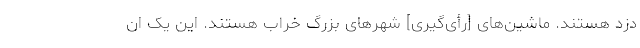
دزد هستند. ماشین‌های [رأی‌گیری] شهرهای بزرگ خراب هستند. این یک ان